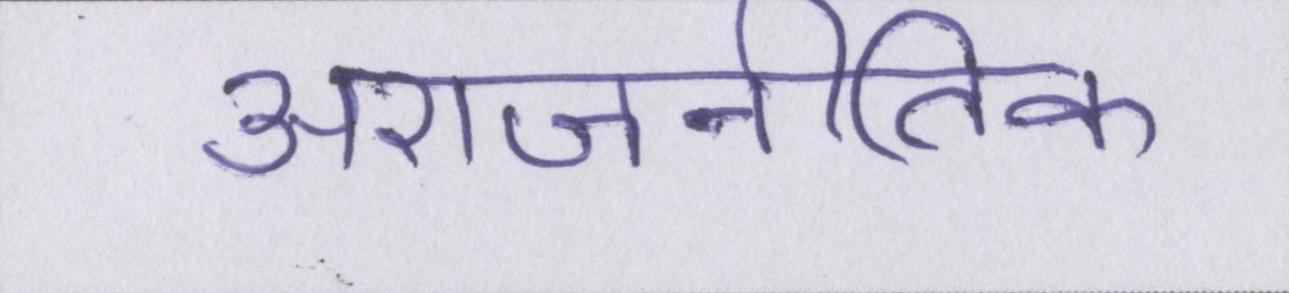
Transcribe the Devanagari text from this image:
अराजनीतिक